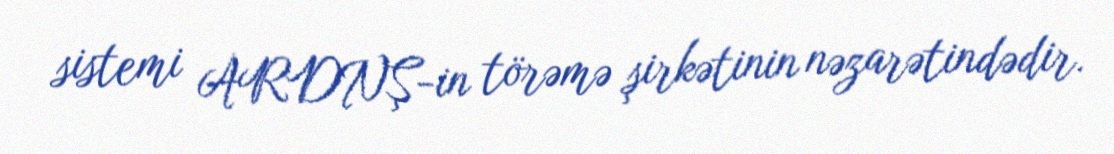
sistemi ARDNŞ-in törəmə şirkətinin nəzarətindədir.